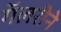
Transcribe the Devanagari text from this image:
गॅलरीने